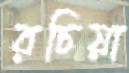
রচিয়া